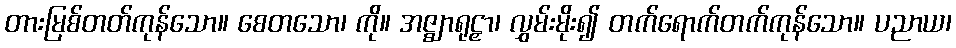
တားမြစ်တတ်ကုန်သော။ စေတသော၊ ကို။ အဇ္ဈာရုဠှာ၊ လွှမ်းမိုး၍ တက်ရောက်တက်ကုန်သော။ ပညာယ၊